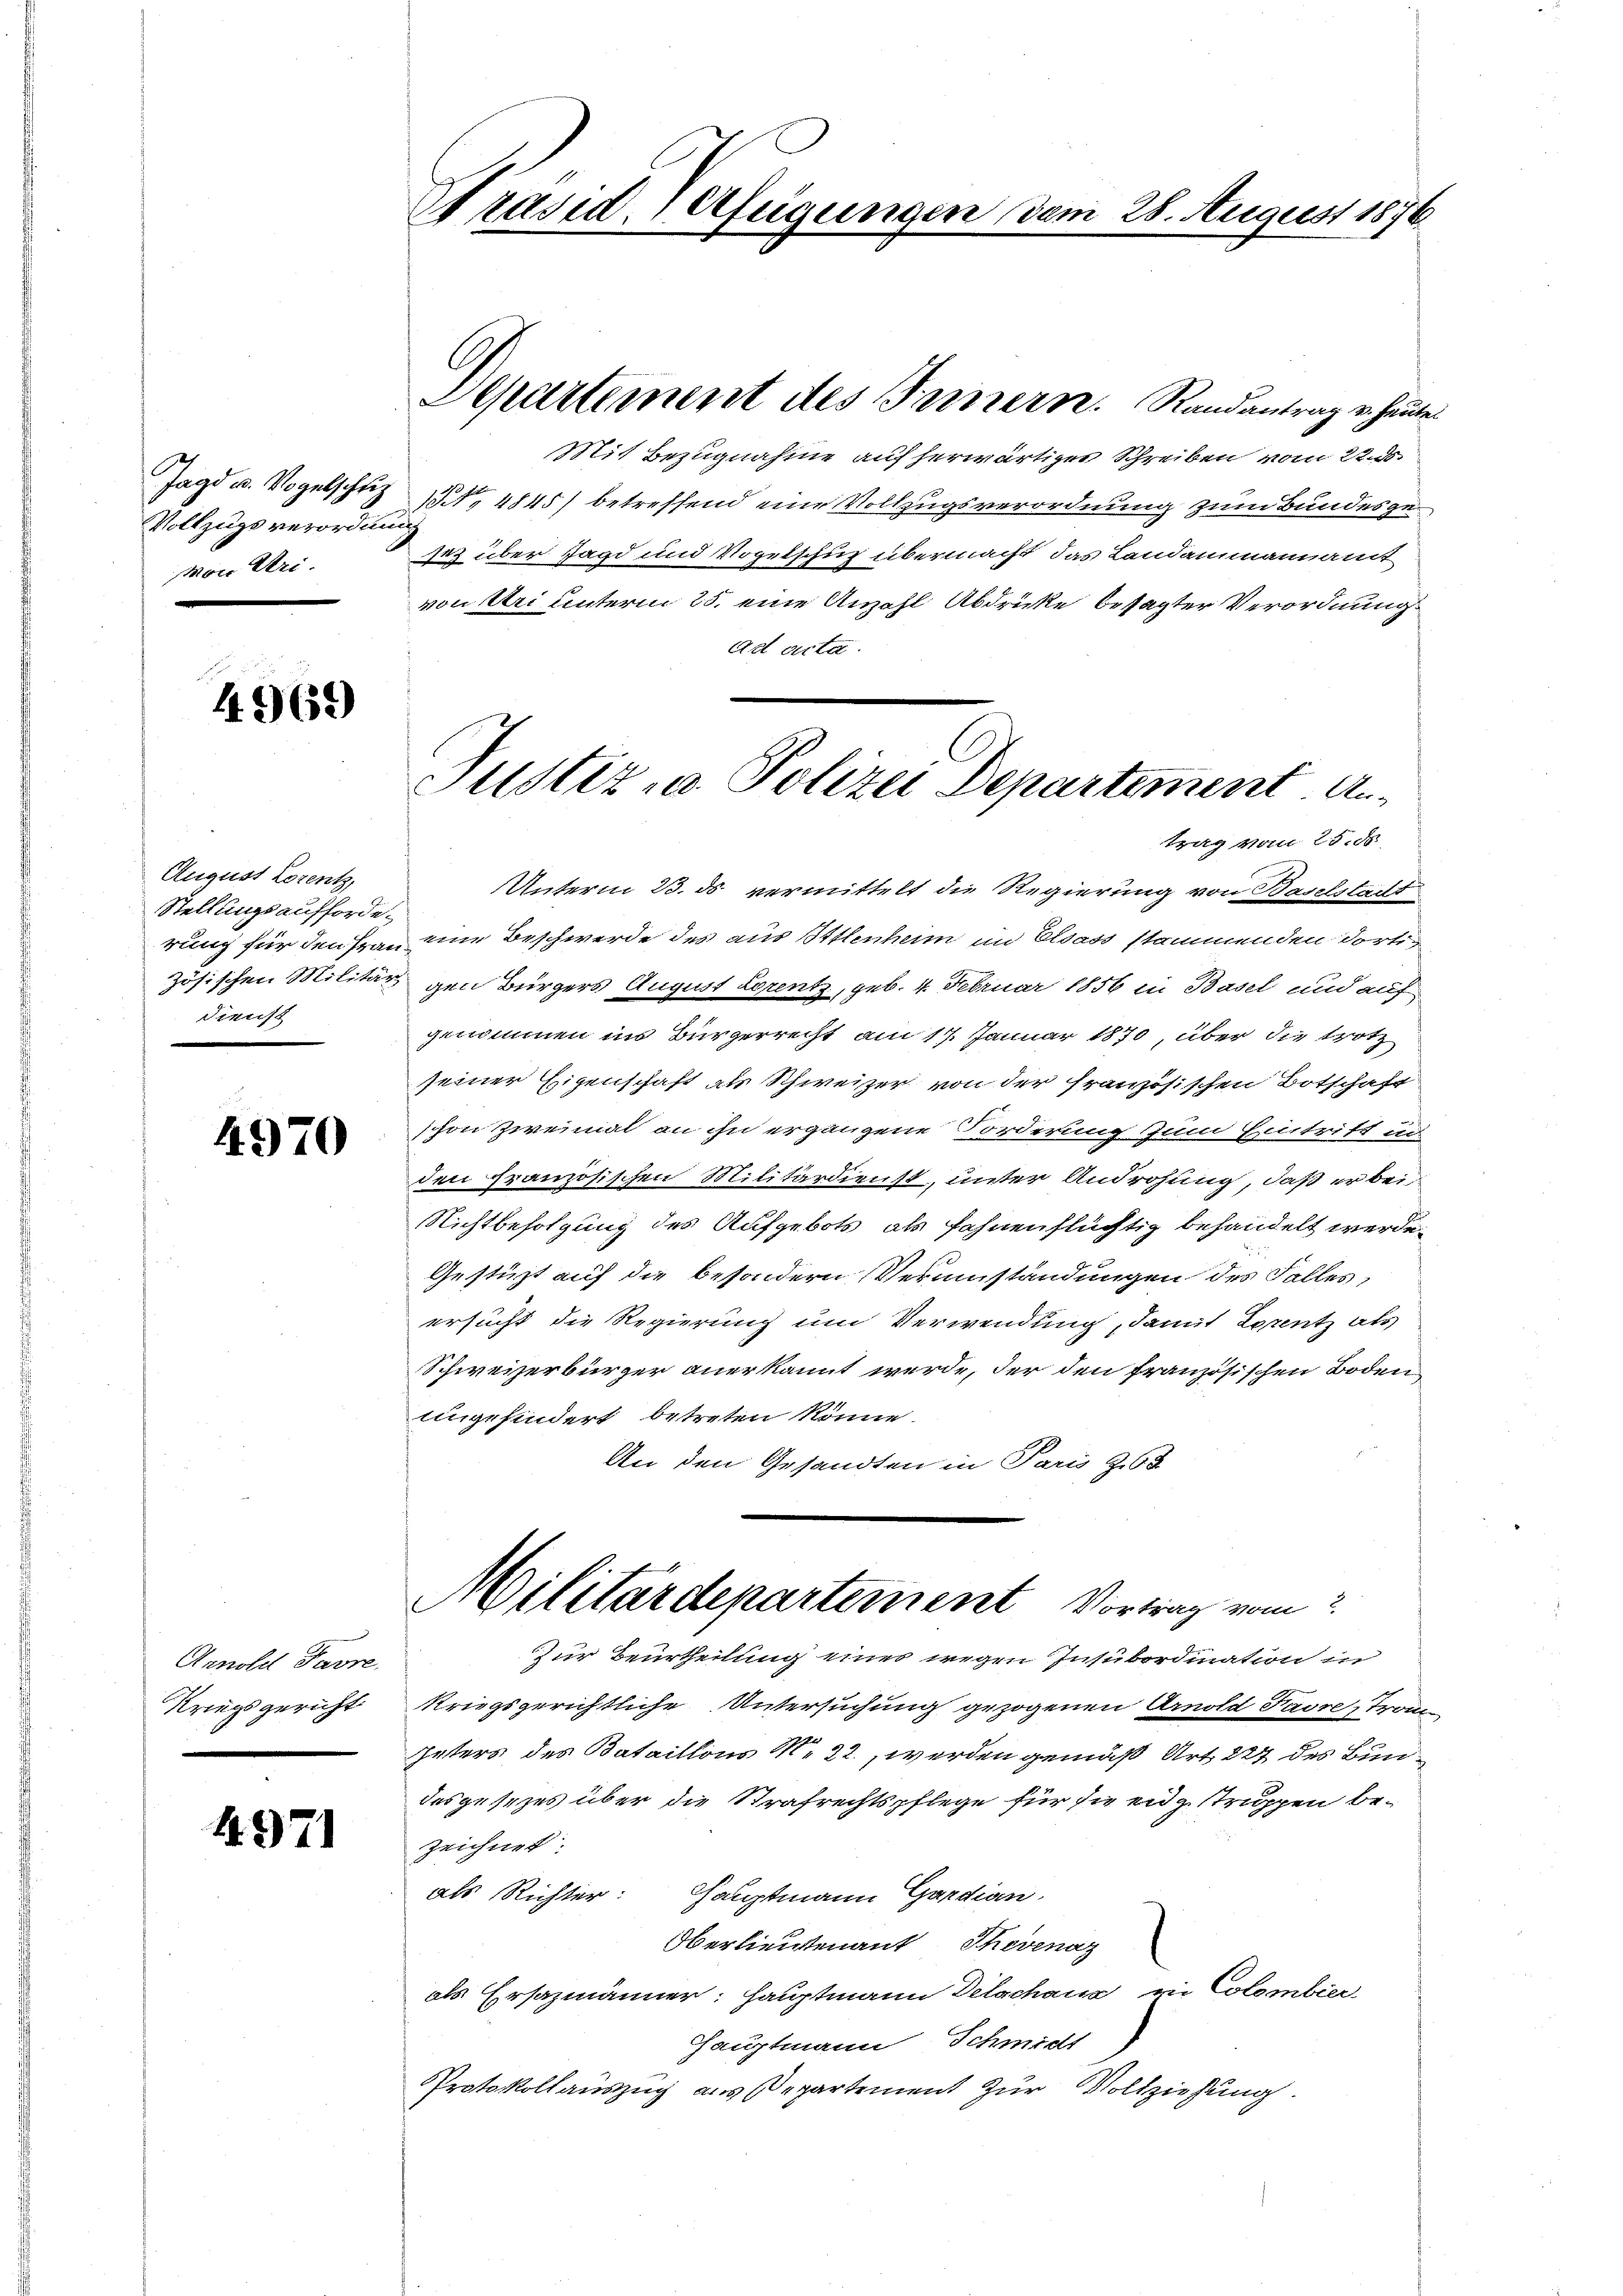
Jagd u. Vogelschlus
Vollzugs verordnun
Mon Uri.

4965)

August Lorentz,
Stellungsaufforderung für den Fran
zösischen Militär,
dienst
e

4970

Arnold Favre.
Kriegsgericht

4971

Präsid. Verfügungen vom 28. August 1876

Departement des Innern. Randantrag u. heute

Mit Bezugnahme auf herwärtiges Schreiben vom 22. ds.
 4845) betreffend eine Vollzugsverordnung zum Bundesge¬
2
14 über Jagd und Vogelschuz übermacht, das Landammannamt
von Uri unterm 25. eine Anzahl Abdrücke besagter Verordnung
Ad acta.
Unterm 23. ds vermittelt die Regierung von Baselstadt
eine Beschwerde des aus Ittlenheim im Elsass stammenden dorti-
gen Bürgers August Lorentz, geb. 4. Februar 1856 in Basel und auf
genommen ins Bürgerrecht am 17. Januar 1870, über die trotz
seiner Eigenschaft als Schweizer von der französischen Botschaft
schon zweimal an ihn ergangene Forderung zum Eintritt in
den Französischen Militärdienst, unter Androhung, daß er bei
Nichtbefolgung des Aufgebots, als fahnenflüchtig behandelt werde.
Gestüzt auf die besondern Veranstandungen des Falles,
ersucht die Regierung um Verwendung, damit Lorentz als
Schweizerbürger anerkannt werde, der den französischen Boden
Angehindert betreten könne.
An den Gesandten in Paris Z.65
Militärdepartement Vortrag vom
Zur Beurtheilung eines wegen Insubordination in
kriegsgerichtliche Untersuchung gezogenen Arnold Favre, Trom
Geters des Bataillons M. 22., werden gemäß Art. 227 des Bundesgesezes über die Strafrechtspflege für die entzstruppen be¬
Zeichnet:
als Richter: Hauptmann Gardian
Oberlieutenant Thevenaz
als Ersazmänner: Hauptmann Delachaus ein Colombier
Hauptmann Schmidt
Protokollauszug aus Departement zur Vollziehung.

Justiz- u. Polizei Departement Antrag vom 25. ds.